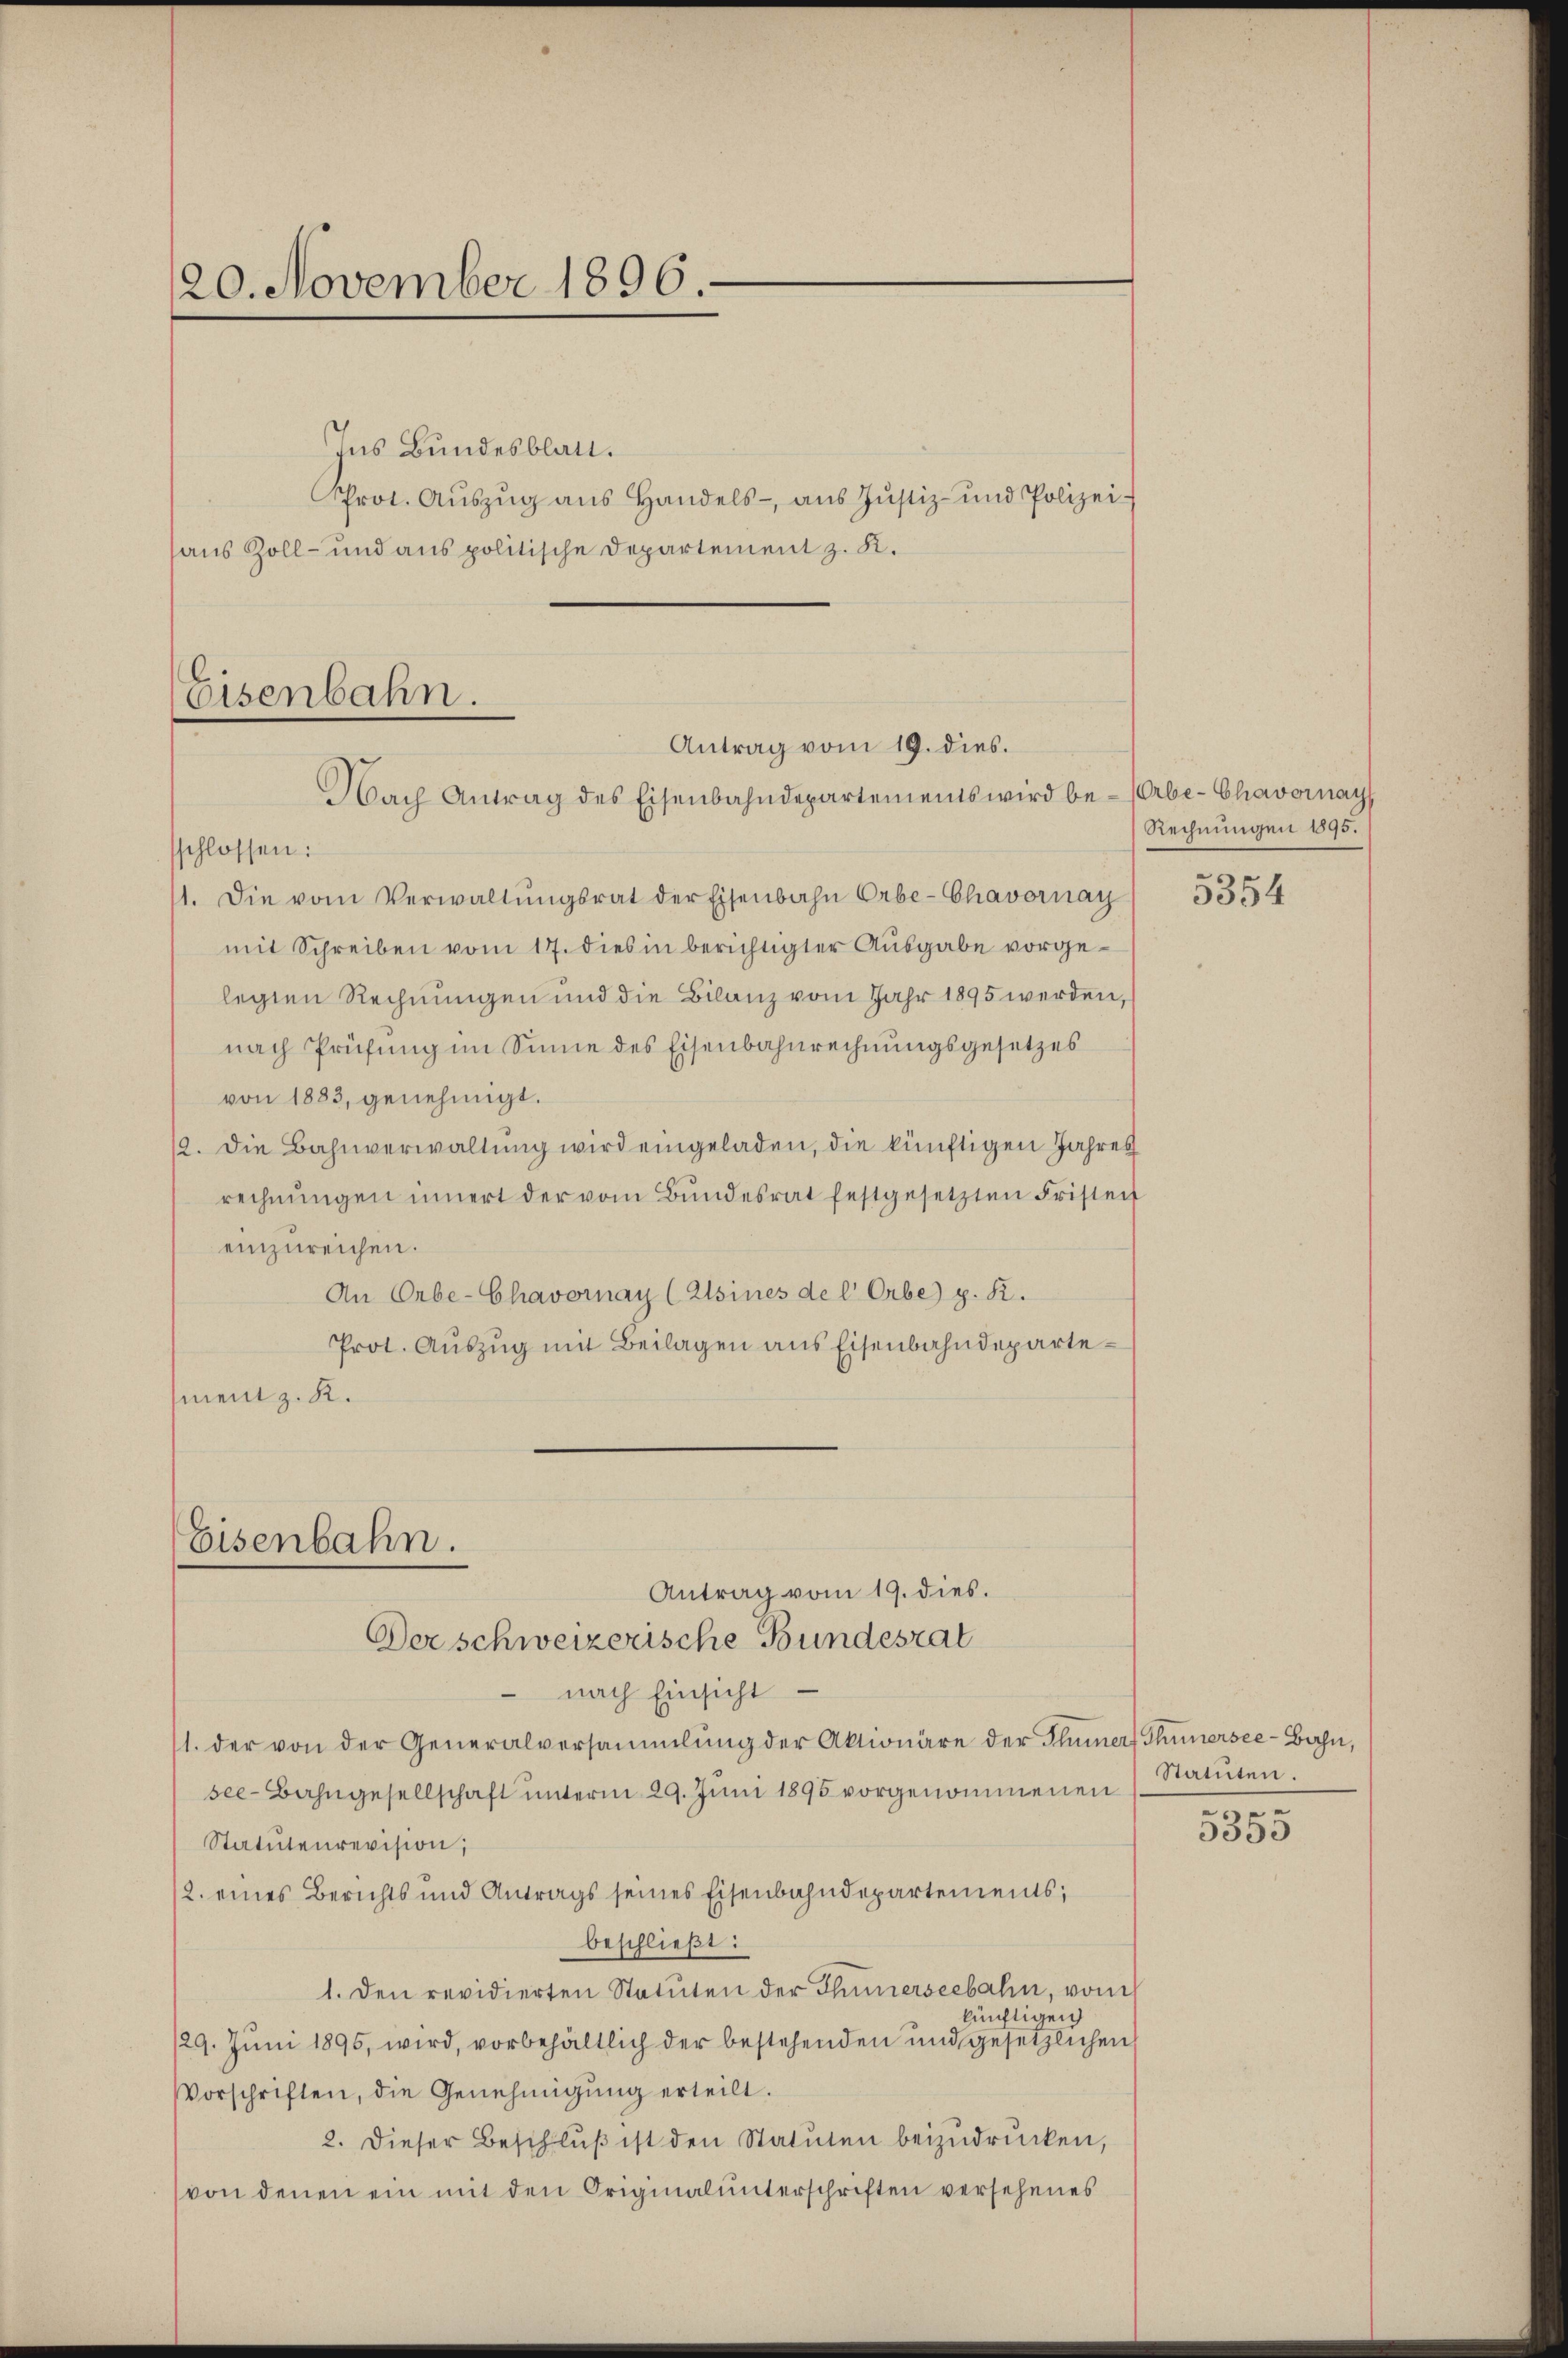
120. November 1896.

Ins Bundesblatt.
Prot. Aŭszŭg ans Handels- aŭs Jŭstiz- und Polizei-
aus Zoll- und aus politische Departement z. K.

Eisenbahn.
Antrag vom 19. dies.
Nach Antrag des Eisenbahndepartements wird be- (Orbe-Chavoray

schlossen:
11. Die vom Verwaltŭngsrat der Eisenbahn Orbe-Chavornay
mit Schreiben vom 17. dies in berichtigter Ausgabe vorgelegten Rechnungen und die Bilanz vom Jahr 1895 werden,
nach Prüfung im Sinne des Eisenbahnrechnungsgesetzes
von 1883, genehmigt.
12. Die Bahnverwaltung wird eingeladen, die künftigen Jahres
rechnŭngen innert der vom Bŭndesrat festgesetzten Fristent
einzureichen.
An Orbe-Chavornay (Alsines de l Orbe) p. R.
Prot. Aŭszŭg mit Beilagen ans Eisenbahndepartement z. K.
Eisenbahn.
Antrag vom 19. dies.
Der schweizerische Bundesrat
nach Einsicht
11. der von der Generalversammlung der Aktionäre der Thuner, Thunersee-Bahn,
see-Bahngesellschaft ŭnterm 29. Jŭni 1895 vorgenommenen (Statuten.
Statutenrevision;
2. eines Berichts und Antrags seines Eisenbahndepartements;
beschließt:
1. Den revidierten Statuten der Thunerseebahn, von
künftigen
/29. Jŭni 1896, wird, vorbehältlich der bestehenden und gesetzlichen
Vorschriften, die Genehmigŭng erteilt.
2. dieser Beschlŭβ ist den Statuten beizudrücken,
von denen ein mit den Originalunterschriften versehenes

Rechnungen 1895.

5354

gen

3300